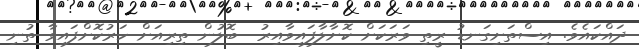
ދައްކައެވެ. އިސްތަށިގަނޑު ރީތި ވަރަކަށް ކޮށާލާފައިވާއިރު  ބޮލުން ތިރިއަށް ހަރުކޮށްފައިވާ ތުނި